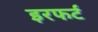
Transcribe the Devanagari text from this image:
इरफर्ट